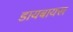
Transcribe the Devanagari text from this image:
डायबायस